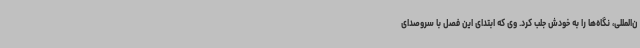
ن‌المللی، نگاه‌ها را به خودش جلب کرد. وی که ابتدای این فصل با سروصدای